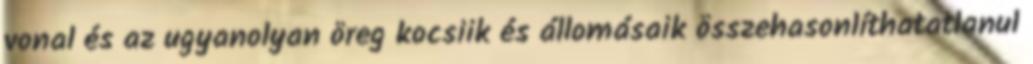
vonal és az ugyanolyan öreg kocsiik és állomásaik összehasonlíthatatlanul